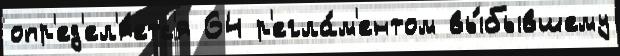
опр'ед'ел'я́етс'я 64 р'егла́м'ентом вы́бывшему